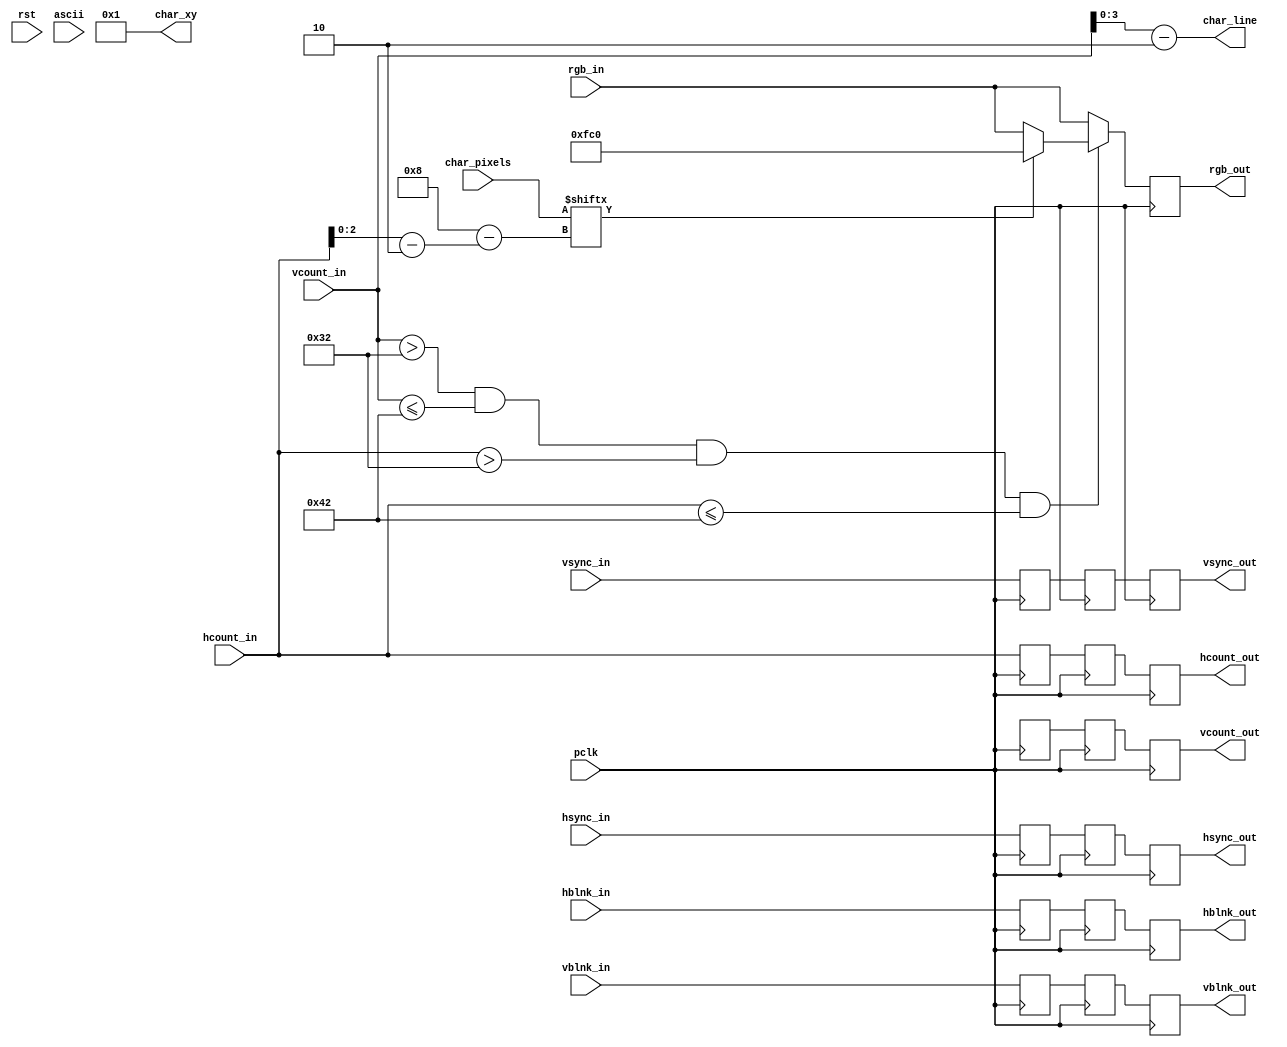
`timescale 1ns / 1ps
//////////////////////////////////////////////////////////////////////////////////
// Company: 
// Engineer: 
// 
// Design Name: 
// Module Name: rect_char_score
// Project Name: 
// Target Devices: 
// Tool Versions: 
// Description: 
// 
// Dependencies: 
// 
// Revision:
// Revision 0.01 - File Created
// Additional Comments:
// 
//////////////////////////////////////////////////////////////////////////////////


module rect_char_score(
    input wire [10:0] hcount_in, 
    input wire hsync_in,
    input wire hblnk_in,
    input wire [10:0] vcount_in,
    input wire vsync_in,
    input wire vblnk_in,
    input wire pclk,
    input wire [11:0] rgb_in,
    input wire rst,
    input wire [7:0] char_pixels,
    input wire [7:0] ascii,
    
    output reg [10:0] hcount_out,
    output reg hsync_out,
    output reg hblnk_out,
    output reg [10:0] vcount_out,
    output reg vsync_out,
    output reg vblnk_out,
    output reg [11:0] rgb_out,
    output [7:0] char_xy,
    output [3:0] char_line
    );
    
    reg hsync_buff, hblnk_buff, vsync_buff, vblnk_buff, hsync_buff2, hblnk_buff2, vsync_buff2, vblnk_buff2;
    reg [10:0] hcount_buff, vcount_buff, char_addr, hcount, vcount, hcount_buff2, vcount_buff2;
    reg [11:0] rgb_out_nxt, rgb_buff, rgb_buff2;
    wire [10:0] hcount_in_rect, vcount_in_rect;
    
    localparam LETTERS = 12'hf_c_0, BG = 12'h7_a_f;
    localparam RECT_X = 50, RECT_Y = 50;
    
    always @(posedge pclk) begin
        hcount_buff <= hcount_in;
        hsync_buff <= hsync_in;
        hblnk_buff <= hblnk_in;
        vcount_buff <= vcount;
        vsync_buff <= vsync_in; 
        vblnk_buff <= vblnk_in;
        rgb_buff <= rgb_in;
        
        hcount_buff2 <= hcount_buff;
        hsync_buff2 <= hsync_buff;
        hblnk_buff2 <= hblnk_buff;
        vcount_buff2 <= vcount_buff;
        vsync_buff2 <= vsync_buff; 
        vblnk_buff2 <= vblnk_buff;
        rgb_buff2 <= rgb_buff;
    
        hcount_out <= hcount_buff2;
        hsync_out <= hsync_buff2;
        hblnk_out <= hblnk_buff2;
        vcount_out <= vcount_buff2;
        vsync_out <= vsync_buff2; 
        vblnk_out <= vblnk_buff2;
        
        rgb_out <= rgb_out_nxt;
    
    end
     
    always @* begin
    
        if( vcount_in > RECT_Y && vcount_in <= RECT_Y + 16 && hcount_in > RECT_X && hcount_in <= RECT_X + 16) begin
            if (char_pixels[4'b1000-hcount_in_rect[2:0]])
                 rgb_out_nxt = LETTERS; 
            else
                rgb_out_nxt = rgb_in;
            end 
            
        else 
           rgb_out_nxt = rgb_in;
    end
   
     assign char_xy = 1; //{vcount_in_rect[7:4], hcount_in_rect[6:3]};
     assign char_line = vcount_in_rect[3:0] ; 
     
     
     assign vcount_in_rect = vcount_in - RECT_Y;
     assign hcount_in_rect = hcount_in - RECT_X;
endmodule